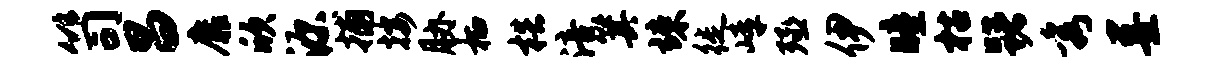
笥昌靡欣源捕按胁栖梏涪箕竦徙嶂殛伊瞳枯躇秀墨